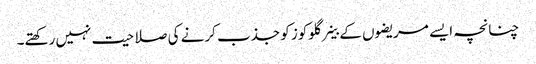
چنانچہ ایسے مریضوں کے خلیے گلوکوز کو جذب کرنے کی صلاحیت نہیں رکھتے۔